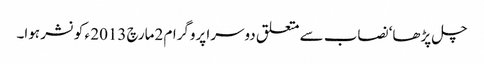
چل پڑھا‘ نصاب سے متعلق دوسرا پروگرام 2مارچ 2013 ء کو نشر ہوا۔